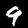
Label: 9